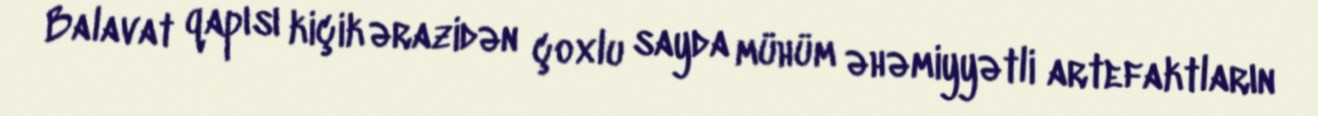
Balavat qapısı kiçik ərazidən çoxlu sayda mühüm əhəmiyyətli artefaktların